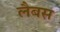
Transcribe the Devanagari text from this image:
लैबस